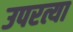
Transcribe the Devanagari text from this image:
उपरत्या